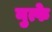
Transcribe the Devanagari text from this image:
नुत्फे